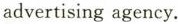
advertising agency.